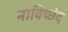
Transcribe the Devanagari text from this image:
नाविच्छंद